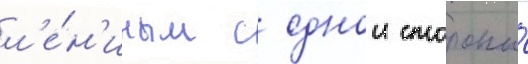
л'е́н'иным с однои стороны́